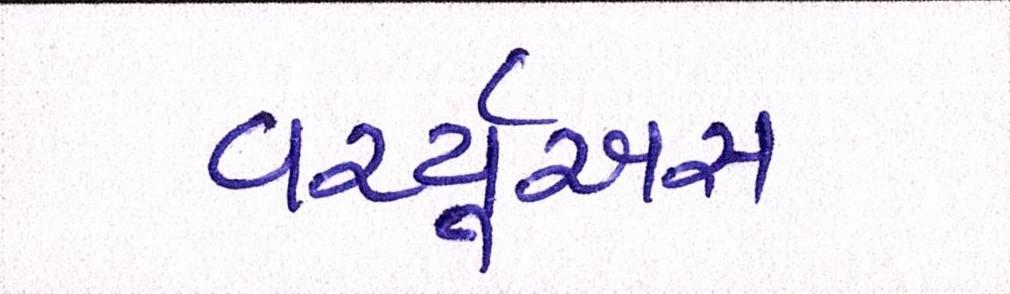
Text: વર્ચ્યૂઅસ